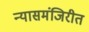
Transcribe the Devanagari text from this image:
न्यासमंजिरीत